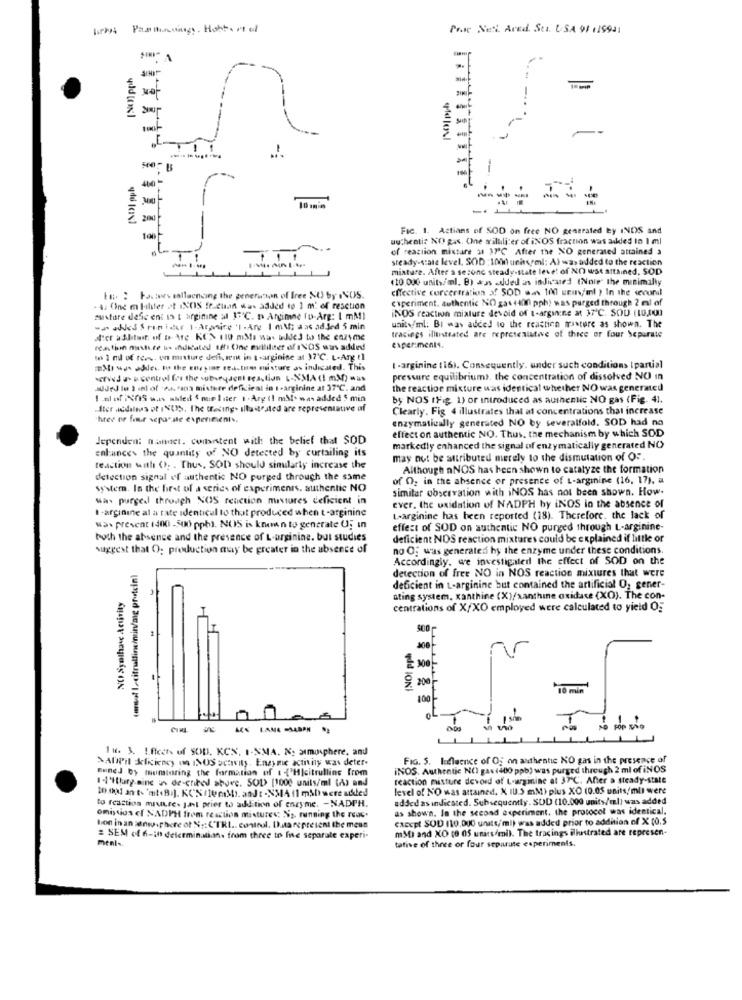
licht Pas Bindings. Hobbs stal
Proc Neti. Aved. Sti. USA 91 .19931
-
-
-
-
10 amin
20
FIC. 1. Actians of SOD on free NO generated by INDS and
uutheati: NO gas. One milliliter of ONOS fraction was added to 1 ml
of reaction mixture 3 37ª℃ After the NO generated attained a
steady-state level. SOD : 1000 unhcrml: A) was added to the reaction
miature. After a second steady-state leve! of NO wst attained, SOD
(10.000 units/ml. B) +as added as indicated (Note" the minimally
effective corcertration of SOD was 100 seus/'ml ) In the wevorst
En. : Factors eallaencing the generation of Iree NU by .NOS.
Experiment. authentic NO gas talif pph! was purged through 2 mal of
. 4. One m liliter at INOS Ir-chan was added to 1 m' of resction
iNOS reaction mixture devoid of L-arginine at 37℃. SOU (10,00)
sustore defic ent 12 t arginine al IFC. n Argimne fu-Arg: I mM !!
unity/ml; Bl was added to the reactich mastere as shown. The
- added Srinider 1- Armine '1 . Are I mM; aas added 5 min
tracings illustrated are representative of three or four Separate
reathin mature is indicated affi One eullilaer of INOS was added
experiments.
1 ni of rerv. o mixture deli, tem in t-arginine at 37℃. L.Arg t1
Mise able to the eneyior red.tue misture as indicated. This
I-arginine (16). Consequently. under such conditions Ipartial
served a- i control for the subweydent sea, tion L-SMA ( mM) =us
pressure equilibrium). the concentration of dissolved NO in
IJed le 2 .nl of Artsos misture deficient in I-arginine at 37℃. and
the reaction mixture was identical whether NO was generated
I.sof Nfs w ... ahled $ mieliter i-Argil mål· was added 5 min
by NOS IFig 1) or introduced as authentic NO gas (Fig. 4).
-Ster nedalees of INU, The trading- illustrated are representative of
Clearly. Fig 4 illustrates that al concentrations that increase
hree ee four separate experiments.
enzymatically generated NO by severalfold. SOD had no
Jependen: namnet. content with the belief that SOD
effect on authentic NO. Thus, the mechanism by which SOD
enhances the quantity of NO detected by curtailing its
markedly enhanced the signal of enzymatically generated NO
may not be attributed merely to the dismutation of OF
teaction with (. . Thus, SOD should similarly increase the
Although aNOS has been shown to catalyze the formation
detection signal ef authentic NO purged through the same
of O, in the absence or presence of L-arginine (16, 17), a
system. In the first of a series of experiments, authentic NO
similar observation with iNOS has not been shown. How-
Was purged through NOS reaction mixtures deficient in
I-arginine al a tate identical to that produced when t-arginine
ever. the uxidation of NADPH by iNOS in the absence of
L-arginine has been reported (18). Therefore. the lack of
was present (400 -500 ppb). NOS is known to generate U; in
effect of SOD on authentic NO purged through L-arginine-
both the absence and the presence of L-arginine. but studies
deficient NOS reaction mixtures could be explained if little or
suggest that O: production muy be greater in the absence of
no O; was generated by the enzyme under these conditions.
Accordingly. we investigated the effect of SOD on the
detection of free NO in NOS reaction mixtures that were
NO Syntha Activity
deficient in L-arginine but contained the artificial O, gener-
Ating system, xanthine (X)/xanthine oxidace (XO). The con-
centrations of X/XO employed were calculated to yield Og
500
300
10 min
100
CIRI.
IN. 3. Effects of SOD. KCN, 1-NMA. M. atmosphere, and
>ADPil deficiency on INOS activity, Enzyme activity was deter.
FIG. 5. Influence of Og on authentic NO gas in the presence of
Buned by mumstoring the formation of t {'H|citrulline from
iNOS. Authentic NO gas (400 ppb) was purged through 2 ml of iNOS
1.I'llary eine un de-enited shore. SOD> [1000 units/ml (A) and
reaction misture devord of L-arginine at 37℃. After a steady-state
level of NO was attained, X IU.S miM) plus XO (0.05 units/ml) were
added as indicated. Subsequently. SUD (10.000 units/ml) was added
to reaction muure- Jal prier to addition of enzyme. - NADPH.
as shown. In the second asperiment. the protocol was identical,
omission cf NADPH from reaction mistures; Sz, running the rous.
CaEcPI SOD 110,000 units/ml) was added prior to addition of X (0.5
lion in an sanw.phere of Ng: CTRL .. control. Da represent the mess
mM) and XO (0 05 units/mi). The tracings illustrated are represen-
= SEM of 6-in determination. from three to fine separate experi-
ment ..
tative of three or four separate esperiments.